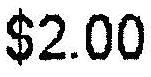
$2.00